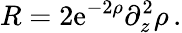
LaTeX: R=2\mathrm{e}^{-2\rho}\partial_{z}^{2}\rho\, .